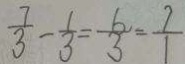
\frac { 7 } { 3 } - \frac { 1 } { 3 } = \frac { 6 } { 3 } = \frac { 7 } { 1 }